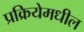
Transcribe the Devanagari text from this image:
प्रक्रियेमधील